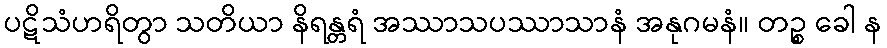
ပဋိသံဟရိတွာ သတိယာ နိရန္တရံ အဿာသပဿာသာနံ အနုဂမနံ။ တဉ္စ ခေါ န